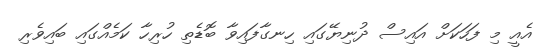
އެއީ މި ފަހަކަށް އައިސް ދުނިޔޭގައި ހިނގާފައިވާ ބޮޑެތި ހުރިހާ ކަމެއްގައި ބައިވެރި